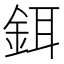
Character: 鉺